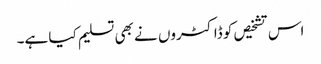
اس تشخیص کو ڈاکٹروں نے بھی تسلیم کیا ہے۔